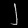
Digit: ၂